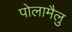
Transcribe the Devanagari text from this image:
पोलामैलु